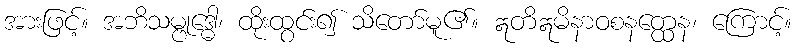
အားဖြင့်။ အဘိသမ္ဗုဒ္ဓေါ၊ ထိုးထွင်း၍ သိတော်မူ၏။ ဣတိဣမိနာဝစနတ္ထေန၊ ကြောင့်။